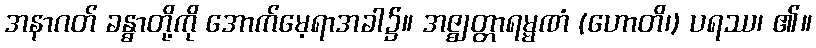
အနာဂတ် ခန္ဓာတို့ကို အောက်မေ့ရာအခါ၌။ အဇ္ဈတ္တာရမ္မဏံ (ဟောတိ၊) ပရဿ၊ ၏။